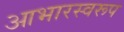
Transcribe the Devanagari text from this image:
आभारस्वरूप